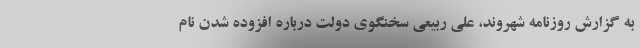
به گزارش روزنامه شهروند، علی ربیعی سخنگوی دولت درباره افزوده شدن نام